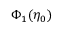
\Phi _ { 1 } ( \eta _ { 0 } )